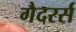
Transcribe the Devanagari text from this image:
गैदरर्स